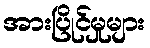
အားပြိုင်မှုများ